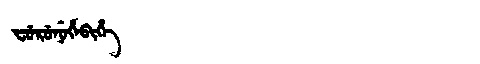
Manchu: ᠸᡠᡵᡠᠨᡠᡥᡝᠪᡳᡥᡝ
Romanization: FURUNUHEBIHE